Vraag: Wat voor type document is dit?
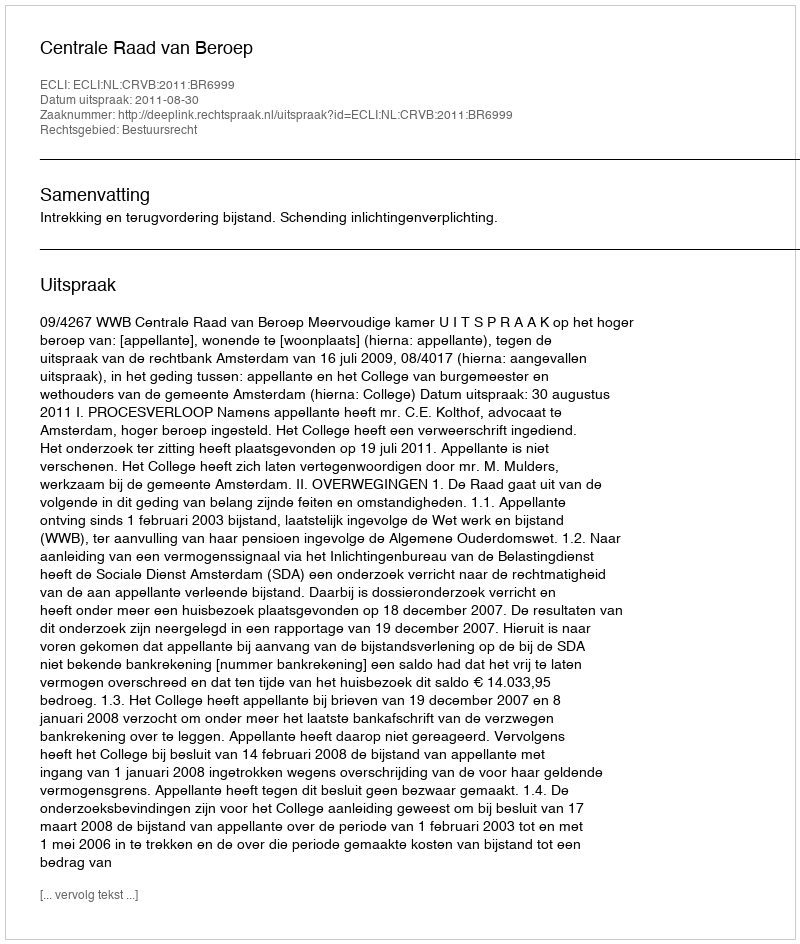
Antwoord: Uitspraak